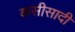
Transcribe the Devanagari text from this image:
कसीसादी